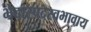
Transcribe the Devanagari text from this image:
भेदास्पदस्वभावाय